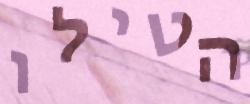
הטילו